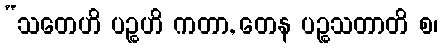
“သတေဟိ ပဉ္စဟိ ကတာ, တေန ပဉ္စသတာတိ စ၊